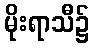
မိုးရာသီ၌